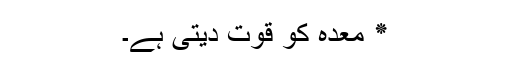
٭ معدہ کو قوت دیتی ہے۔